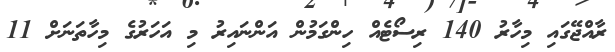
ރާއްޖޭގައި މިހާރު 140 ރިސޯޓެއް ހިންގަމުން އަންނައިރު މި އަހަރުގެ މިހާތަނަށް 11